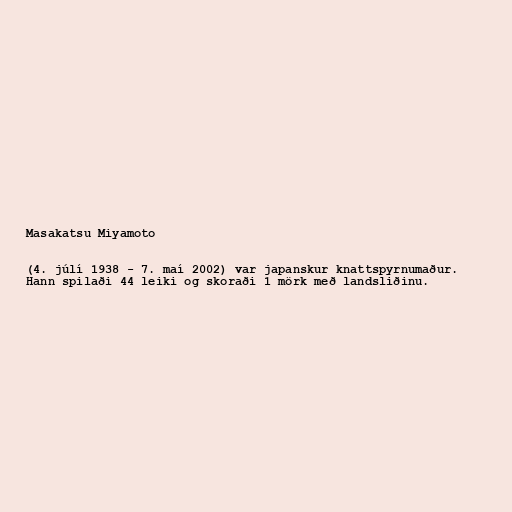
Masakatsu Miyamoto

(4. júlí 1938 - 7. maí 2002) var japanskur knattspyrnumaður.
Hann spilaði 44 leiki og skoraði 1 mörk með landsliðinu.